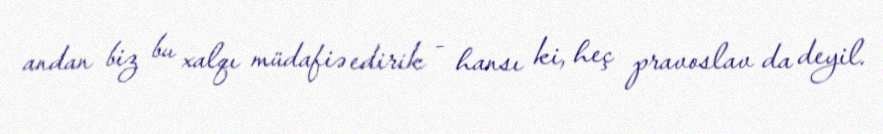
andan biz bu xalqı müdafiə edirik - hansı ki, heç pravoslav da deyil.